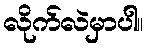
လိုက်လဲမှာပါ။